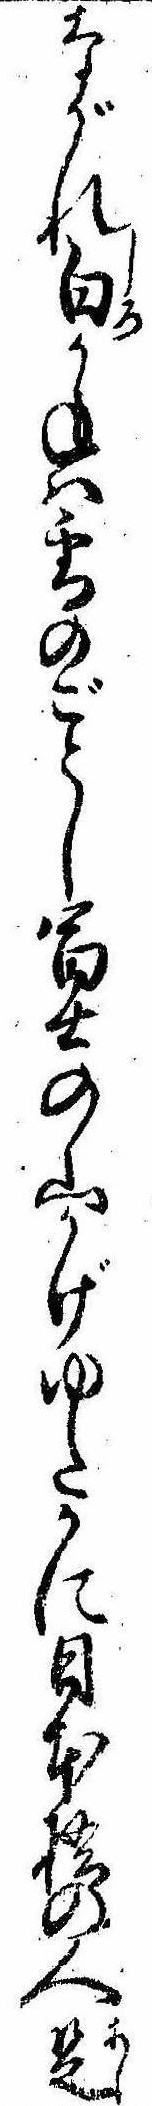
ながれ白かねは雪のごとし富士の山かげゆたかに日本橋の人足